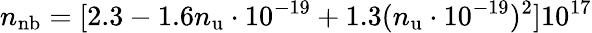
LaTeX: n_{\mathrm{nb}}=[2.3-1.6n_{\mathrm{u}}\cdot 10^{-19}+1.3(n_{\mathrm{u}}\cdot 10^{-19})^{2}]10^{17}